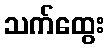
သက်ထွေး